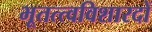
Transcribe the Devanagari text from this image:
भूतत्त्वविशारदों